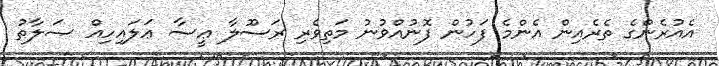
އެއުރެންގެ ތެރެއިން އެންމެ ފަހުން ފޮނުއްވުނު މަތިވެރި ރަސޫލާ ޢީސާ ޢަލައިހިއް ޞަލާތު